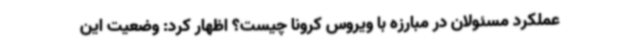
عملکرد مسئولان در مبارزه با ویروس کرونا چیست؟ اظهار کرد: وضعیت این